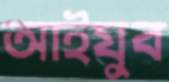
আইযুব